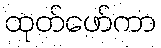
ထုတ်ဖော်ကာ